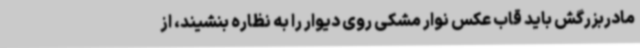
مادربزرگش باید قاب عکس نوار مشکی روی دیوار را به نظاره بنشیند، از